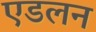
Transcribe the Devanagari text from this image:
एडलन